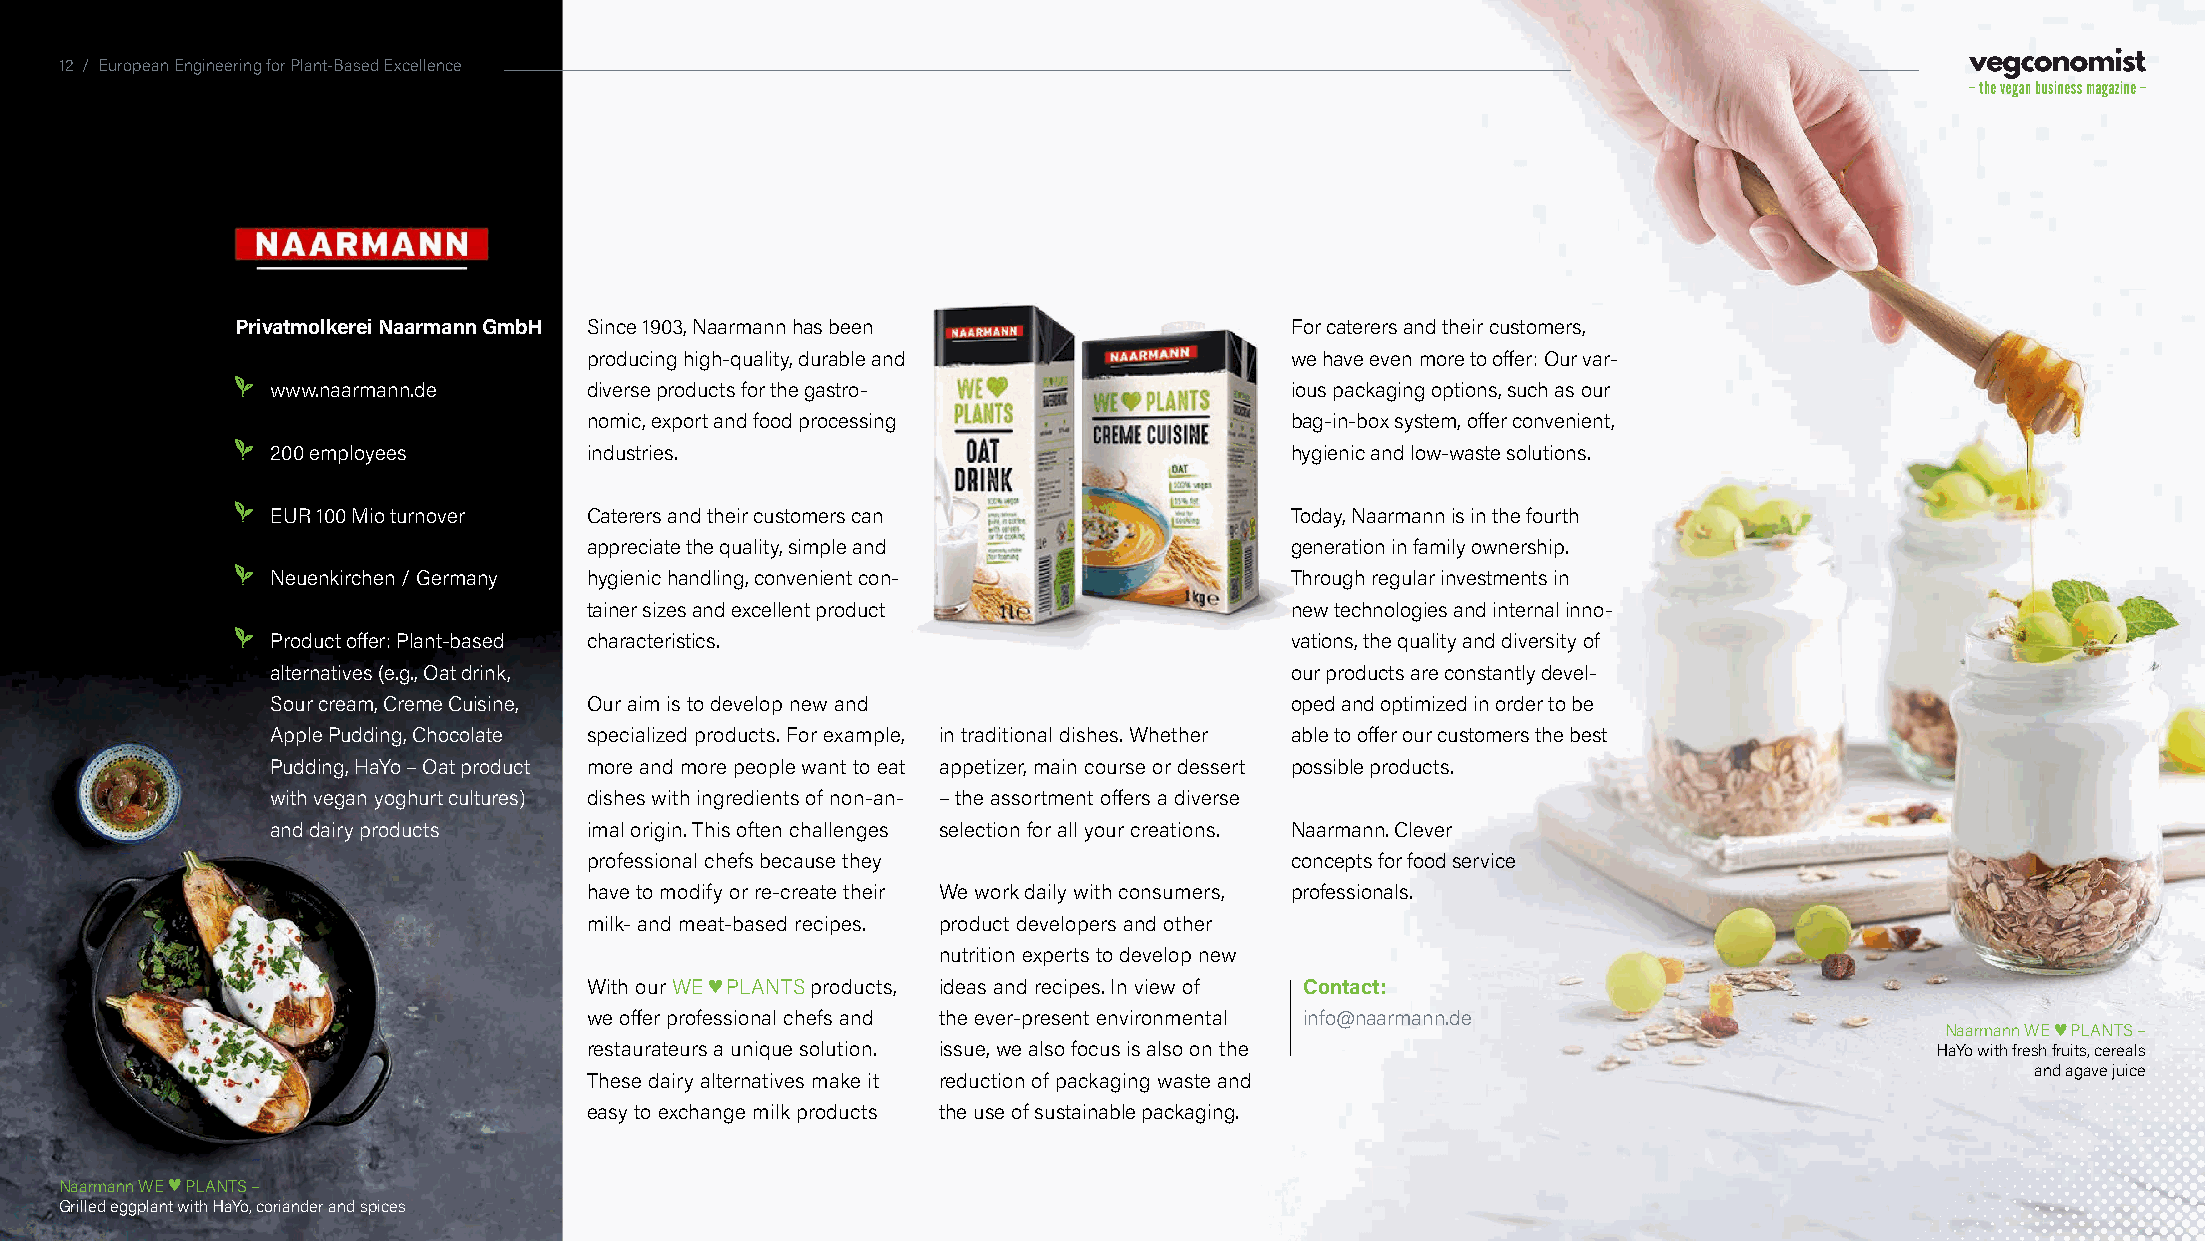
12 / European Engineering for Plant-Based Excellence
 Privatmolkerei Naarmann GmbH Since 1903, Naarmann has been           For caterers and their customers,
 producing high-quality, durable and           we have even more to offer: Our var-
 www.naarmann.de      diverse products for the gastro-              ious packaging options, such as our
 nomic, export and food processing             bag-in-box system, offer convenient,
 200 employees        industries.                                   hygienic and low-waste solutions.
 EUR 100 Mio turnover Caterers and their customers can              Today, Naarmann is in the fourth
 appreciate the quality, simple and            generation in family ownership.
 Neuenkirchen / Germany hygienic handling, convenient con-          Through regular investments in
 tainer sizes and excellent product            new technologies and internal inno-
 Product offer:Plant-based characteristics.                         vations, the quality and diversity of
 alternatives (e.g., Oat drink,                                     our products are constantly devel-
 Sour cream, Creme Cuisine, Our aim is to develop new and           oped and optimized in order to be
 Apple Pudding, Chocolate specialized products. For example, in traditional dishes. Whether able to offer our customers the best
 Pudding, HaYo – Oat product more and more people want to eat appetizer, main course or dessert possible products.
 with vegan yoghurt cultures) dishes with ingredients of non-an- – the assortment offers a diverse
 and dairy products   imal origin. This often challenges selection for all your creations. Naarmann. Clever
 professional chefs because they               concepts for food service
 have to modify or re-create their We work daily with consumers, professionals.
 milk- and meat-based recipes. product developers and other
 nutrition experts to develop new
 With our WE ♥ PLANTS products, ideas and recipes. In view of Contact:
 we offer professional chefs and the ever-present environmental info@naarmann.de
 Naarmann WE ♥ PLANTS –
 restaurateurs a unique solution. issue, we also focus is also on the                     HaYo with fresh fruits, cereals
 and agave juice
 These dairy alternatives make it reduction of packaging waste and
 easy to exchange milk products the use of sustainable packaging.
 Naarmann WE ♥ PLANTS –
 Grilled eggplant with HaYo, coriander and spices